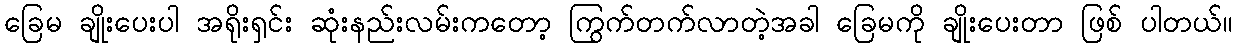
ခြေမ ချိုးပေးပါ အရိုးရှင်း ဆုံးနည်းလမ်းကတော့ ကြွက်တက်လာတဲ့အခါ ခြေမကို ချိုးပေးတာ ဖြစ် ပါတယ်။